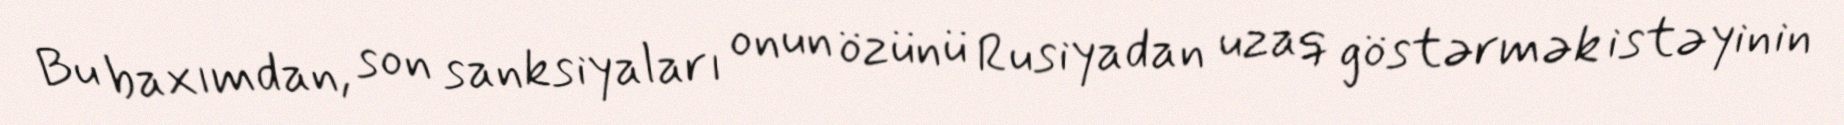
Bu baxımdan, son sanksiyaları onun özünü Rusiyadan uzaq göstərmək istəyinin